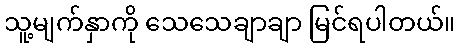
သူ့မျက်နှာကို သေသေချာချာ မြင်ရပါတယ်။